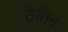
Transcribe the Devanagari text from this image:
ठेतिन